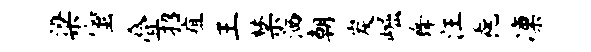
梁蜜叠招疽王禁洒朝炭崛舞汪毳凛